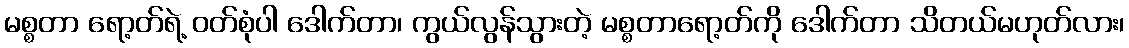
မစ္စတာ ရော့တ်ရဲ့ ဝတ်စုံပါ ဒေါက်တာ၊ ကွယ်လွန်သွားတဲ့ မစ္စတာရော့တ်ကို ဒေါက်တာ သိတယ်မဟုတ်လား၊